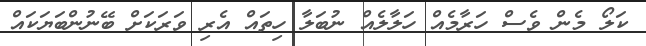
ކަލޯ މެން ވެސް ހަރާމެއް ހަލާލެއް ނުބަލާ ހިތައް އެރި ވަރަކަށް ބޭނުންބަޔަކައް